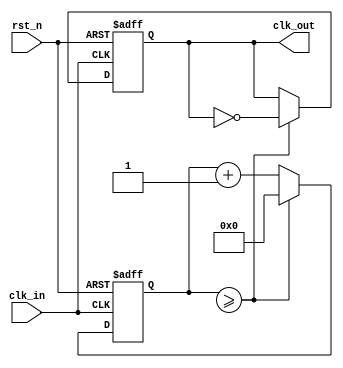
module fractional_clock_divider (
    input                   clk_in,
    input                   rst_n,
    output reg              clk_out
);

reg [7:0] count;
reg [7:0] divisor;

always @(posedge clk_in or negedge rst_n) begin
    if (~rst_n) begin
        count <= 8'b0;
        clk_out <= 1'b0;
    end else begin
        if (count >= divisor) begin
            count <= 8'b0;
            clk_out <= ~clk_out;
        end else begin
            count <= count + 1;
        end
    end
end

endmodule